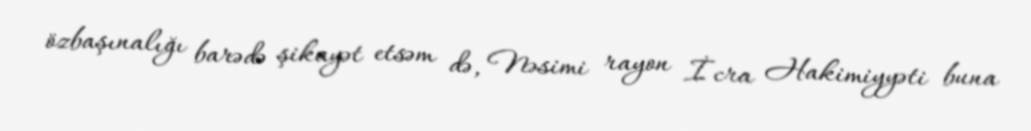
özbaşınalığı barədə şikayət etsəm də, Nəsimi rayon İcra Hakimiyyəti buna